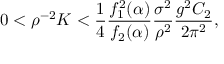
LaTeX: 0 < \rho ^ { - 2 } K < { \frac { 1 } { 4 } } { \frac { f _ { 1 } ^ { 2 } ( \alpha ) } { f _ { 2 } ( \alpha ) } } { \frac { \sigma ^ { 2 } } { \rho ^ { 2 } } } { \frac { g ^ { 2 } C _ { 2 } } { 2 \pi ^ { 2 } } } ,